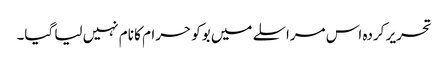
تحریر کردہ اس مراسلے میں بوکو حرام کا نام نہیں لیا گیا۔